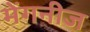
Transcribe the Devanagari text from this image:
मेंगनीज